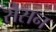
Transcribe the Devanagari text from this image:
सैसन